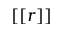
\left[ \left[ r \right] \right]